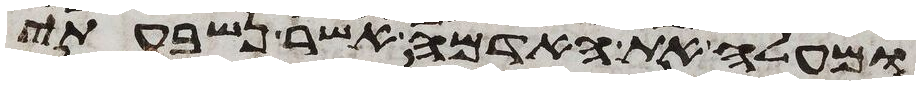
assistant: ומעלה את האדמה אשר נשבעתי